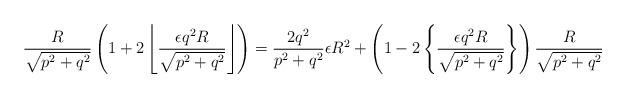
LaTeX: \begin{align*}&\frac{R}{\sqrt{p^{2}+q^{2}}}\left(1+2\left\lfloor \frac{\epsilon q^{2} R}{\sqrt{p^{2}+q^2}}\right \rfloor\right) = \frac{2q^2 }{p^{2}+q^{2}}\epsilon R^{2}+\left(1-2\left\{\frac{\epsilon q^{2} R}{\sqrt{p^{2}+q^{2}}}\right\}\right)\frac{R}{\sqrt{p^{2}+q^{2}}}\end{align*}